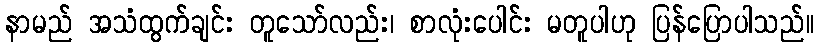
နာမည် အသံထွက်ချင်း တူသော်လည်း၊ စာလုံးပေါင်း မတူပါဟု ပြန်ပြောပါသည်။